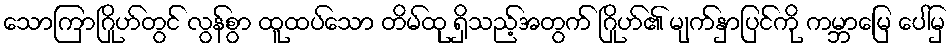
သောကြာဂြိုဟ်တွင် လွန်စွာ ထူထပ်သော တိမ်ထု ရှိသည့်အတွက် ဂြိုဟ်၏ မျက်နှာပြင်ကို ကမ္ဘာမြေ ပေါ်မှ